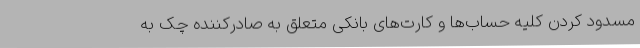
مسدود کردن کلیه حساب‌ها و کارت‌های بانکی متعلق به صادرکننده چک به